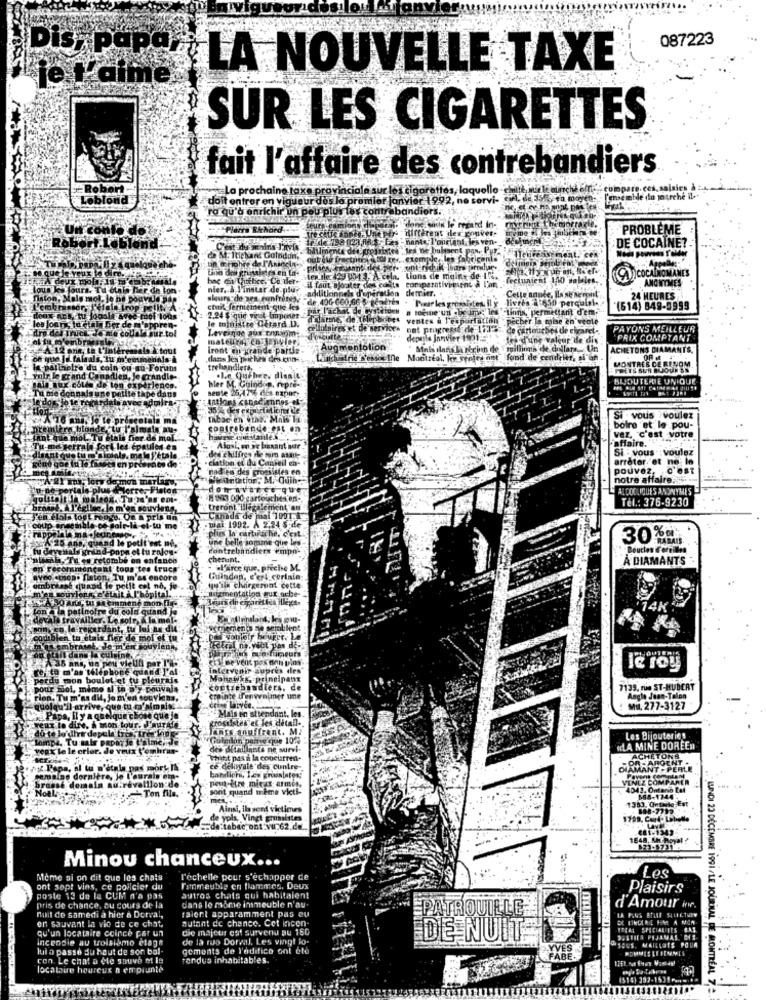
087223
Dis, Papar
LA NOUVELLE TAXE
je t'aime
SUR LES CIGARETTES
fait l'affaire des contrebandiers
La prochaine taxa provinciale sur les cigarettes, laquelle
doit entrer en vigueur dos lo promiler janvier 1992, no servi-
ra qu'à enrichir on pou plus les con
irs.
Format the morrac
Plany RAhard
different dex gouver-
In le regard In-
PROBLEME
Robert LabYer
ane bulsent pas, Pur.
DE COCAINE ?.
de M. Itichand Goloddn,
exemple, les fabricants
ment, cex
Uno des grunsaintes en Life
bac dit Thuibice, Co ller.
Lions de moins de 15.
Comparativeesent à l'an
-fectunient 150 sobies.
ANONYMES
nier, & Finster de pilu-
additie
il faut ajorater dens
Cette année, Ils se serpil
slurs de gea eunfrites,
livres 2:650 perqualal-
24 HEURES
ctuit ferniemem-que les
par l'achat de bysteigen
a tocine uni be impe; les Ctions, permettant d'em-
(514) 849-5999
le ministre Girard D.
2.24 $ grie veut Imposer
d'alarme de thepbotes ventes à l'espoirla
cher la mise en vente
Leveinge aux com
cellulaires et de service.
ont progresse de 1733
- de cartouches de eicaret ..
PAYONS MEILLEUR
d'oncuttet
depele janvier 1901.21
Jet'd'une valeur de dix
PRIX COMPTANT
iront en grande partie-
Augmentolion
" Mais ilaris la ner inn de
tillinga de collare_ Un
ACHETONS DIAMANTS,
dans les pie has des cnns
fond de cendeler, si on
MONTRES CERENOM
trehandlers.
bler M. Guindos, repre-
BIJOUTERIE UNIQUE
Beste 26,47% des expery
Si - vous voulez
contrebande-est en
boire 'et le pou-
vez, C'est votre
AlosLeo se basant sur
Si : vous voulez
ciation et du Canbeil en-
des chiffres the sum asave
arreter et ne: In
naden des crossistes en
pouvez.
C'est
Ww antation; M. Quine
notre affaire.
CON AVETCE QUE
SANDINYMES
# 823 000 cartouchesen-
Tel .: 376-9230
"Creront illégalement an
Canada de mal 1001.
mai 1992. A 2.24 S.de
plus la cartouche, c'est
une belle somme que Les
30%
contrebandiers empn-
cherunt.
À DIAMANTS
Guindan, c'est coriain
Butgmentation gur sebe-
qu'ils clairgeront cette
4K
isthemen's sie semblent
intervenir supres des"
le roy
Mahawks. principaux
contrebandiers. de
7139. run ST-HUBERT
crainte denvalmer une
Angle Jean-Talon
"Mais en sttendant. les.
Mu. 277-3127
grossistes et les detail -.
Jangs snuffrent. M.
NGutadon paire que 102%
Les Bijouteries
des ditaillants ne survi-
WLA MINE DOREEN
Shift pas a la concurrent-
ACHETONS
ARGENT
ce deloyale des cuntre-
DIAMANT - PERLE
peut-être mieux armen,
VENEZ COMPA
1lon-d
sont quand meme viet !-
Intern Eat
1353,Ortante Est
698-7712
162.de
€81:1343-
1648, 5H Royal ?
Minou chanceux ...
Meme si on dit que les chats
L'échelle pour s'echapper de
Les
ont sopt vins, ce policier du
Tammeuble en flammes. Deux
Plaisirs
poste 13 de la CUM n'a pas
autros chats qui habitaient
dans le momie insmeuble n'au.
pris de chance, au cours de la
nuit de samedi a hier a Dorval,
raient apparamment pas eu
PATROUILLE
d'Amour in.
en sauvant la vie de ce chat,
autant de chance. Cet incen-
LUNDI 23 DÉCEMBRE 1991/LE JOURILAL
qu'un locataire coince par un
die majeur est survenu au 160
1ORA; SPECIALTIES CAS
incendie au troisiomo elage
de la ruo Dorval. Les vingt lo-
DE NUIT
2USHIES PAJAMAS 'ME
lui a passe du haut de son bal-
gements de l'edifico ont été
MyBUS. MAILLOTS POUR
con. Le chat a efe sauve et is
rendus inhabitables.
locataire heureux a empiunte
1518) 397-1539Pam .**